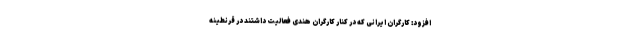
افزود: کارگران ایرانی که در کنار کارگران هندی فعالیت داشتند در قرنطینه